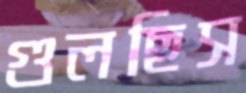
গুলছিস